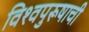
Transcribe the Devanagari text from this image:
विश्‍वपुरूषाची